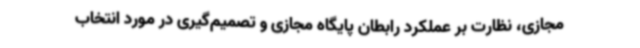
مجازی، نظارت بر عملکرد رابطان پایگاه مجازی و تصمیم‌گیری در مورد انتخاب